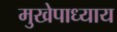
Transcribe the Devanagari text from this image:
मुखेपाध्याय